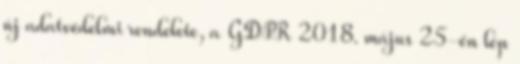
új adatvédelmi rendelete, a GDPR 2018. május 25-én lép